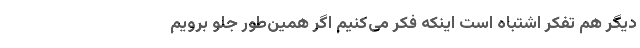
دیگر هم تفکر اشتباه است اینکه فکر می‌کنیم اگر همین‌طور جلو برویم